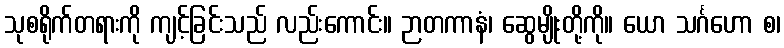
သုစရိုက်တရားကို ကျင့်ခြင်းသည် လည်းကောင်း။ ဉာတကာနံ၊ ဆွေမျိုးတို့ကို။ ယော သင်္ဂဟော စ၊